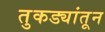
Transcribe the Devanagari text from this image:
तुकड्यांतून